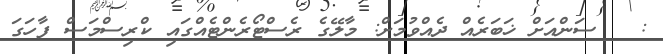
:   ސަންއަށް ޚަބަރެއް ދެއްވުމަށް: މާލޭގެ ރެސްޓޯރެންޓެއްގައި ކްރިސްމަސް ފާހަގަ